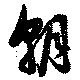
朝